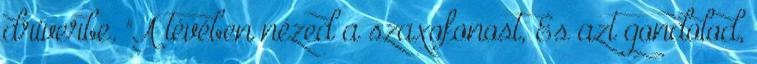
driverbe. "A tévében nézed a szaxofonost, És azt gondolod,